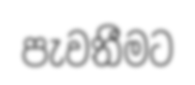
පැවතීමට